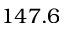
1 4 7 . 6